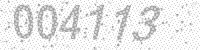
Solution: 004113